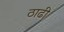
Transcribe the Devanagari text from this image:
ठाढी